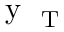
\mathrm { ~ y ~ } _ { \mathrm { ~ T ~ } }